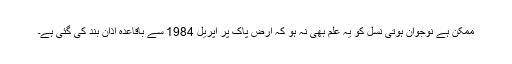
ممکن ہے نوجوان ہوتی نسل کو یہ علم بھی نہ ہو کہ ارض پاک پر اپریل 1984 سے باقاعدہ اذان بند کی گئی ہے۔